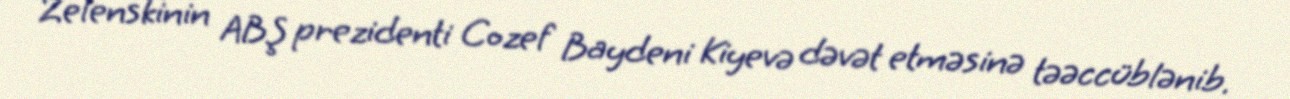
Zelenskinin ABŞ prezidenti Cozef Baydeni Kiyevə dəvət etməsinə təəccüblənib.